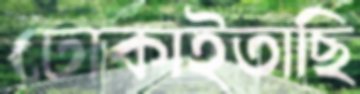
ঢোকাইতাছি